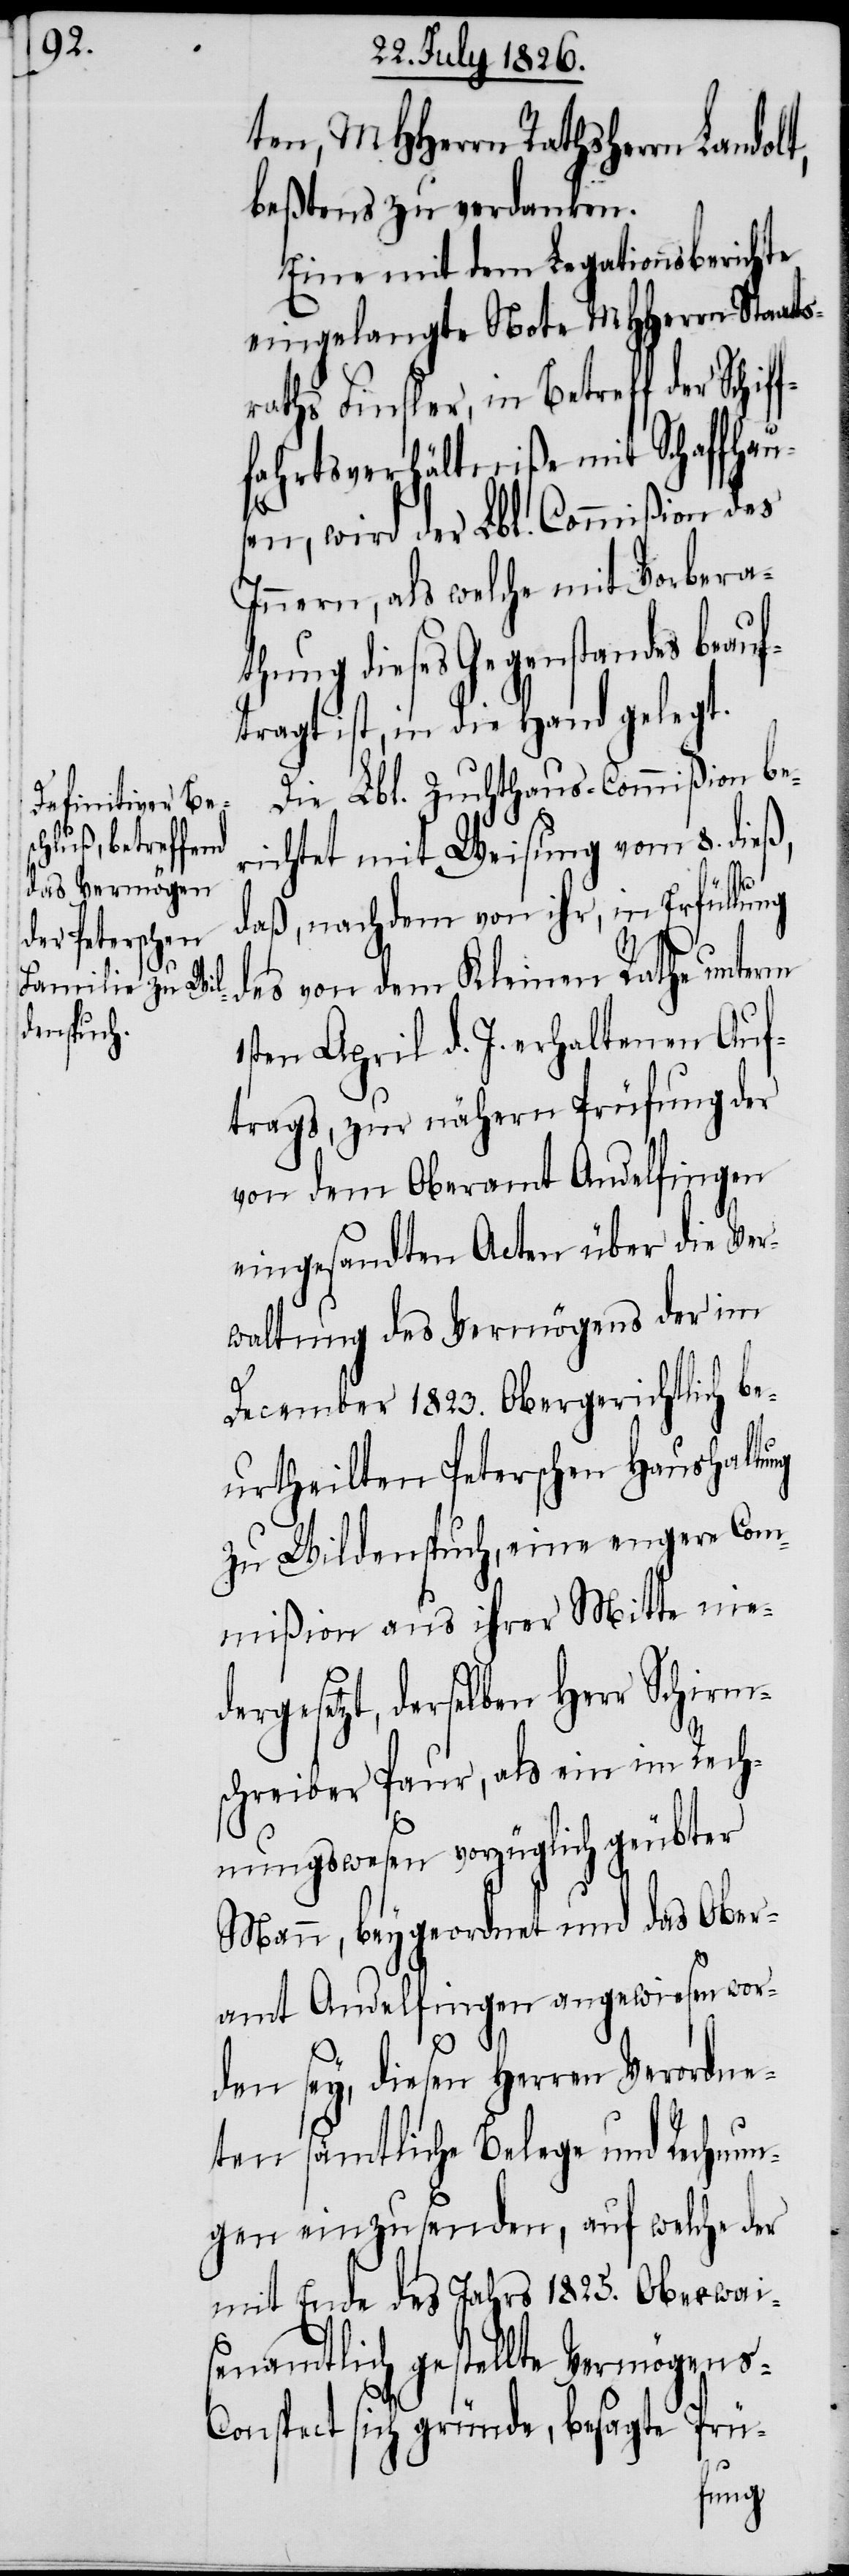
ten, MHHerrn Rathsherrn Landolt,
beßtens zu verdanken.
Eine mit dem Legationsberichte
eingelangte Note MHHerrn Staats¬
raths Finsler, in Betreff der Schif¬
fahrtsverhältniße mit Schaffhau¬
sen, wird der Lbl. Commißion des
Innern, als welche mit Vorbera¬
thung dieses Gegenstandes beauf¬
tragt ist, in die Hand gelegt.
Die Lbl. Zuchthaus Commißion be¬
richtet mit Weisung vom 8. dieß,
daß, nachdem von ihr, in Erfüllung
f¬
des von dem Kleinen Rathe unterm
1sten April d. J. erhaltenen Auf¬
trags, zur nähern Prüfung der
von dem Oberamt Andelfingen
eingesandten Acten über die Ver¬
waltung des Vermögens der im
December 1823. Obergerichtlich be¬
urtheilten Peterschen Haushaltung
zu Wildenspuch, eine engere Com¬
mißion aus ihrer Mitte nie¬
dergesetzt, derselben Herr Schirm¬
schreiber Paur, als ein im Rech¬
nungswesen vorzüglich geübter
Mann, beygeordnet und das Ober¬
amt Andelfingen angewiesen wor¬
den sey, diesen Herren Verordne¬
ten sämtliche Belege und Rechnun¬
gen einzusenden, auf welche der
mit Ende des Jahrs 1825. Oberwais¬
enamtlich gestellte Vermögens-C¬
onspect sich gründe, besagte Prü-